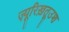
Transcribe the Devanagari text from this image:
ज़्यूरिख़तूउश